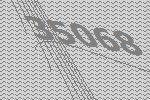
35068